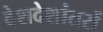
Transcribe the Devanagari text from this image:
देशदेशांतरों